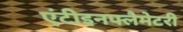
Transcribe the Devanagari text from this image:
एंटीइनफ्लैमेटरी